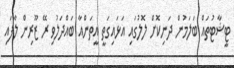
ޓީޝާޓުތައް ބަލަމުން ދަނިކޮށް ލޮލުގައި އަޅައިގަތީ އީތަންއާ ބައްދަލުވި ރޭ ޒޫރިން ލާފައި